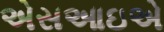
એસઆઇએ